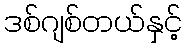
ဒစ်ဂျစ်တယ်နှင့်